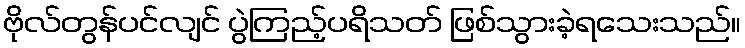
ဗိုလ်တွန်ပင်လျင် ပွဲကြည့်ပရိသတ် ဖြစ်သွားခဲ့ရသေးသည်။